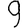
Digit: 9